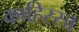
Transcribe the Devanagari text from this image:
काहिस्सा